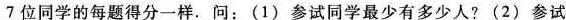
7位同学的每题得分一样.问： (1) 参试同学最少有多少人? (2) 参试